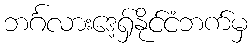
ဘင်္ဂလားဒေ့ရှ်နိုင်ငံဘက်မှ